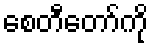
စေတီတော်ကို